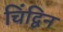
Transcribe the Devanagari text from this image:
चिंद्विन